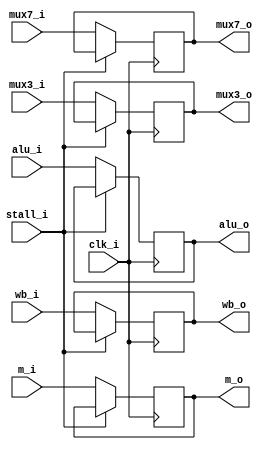
module EXMEM
(
  clk_i,
	wb_i,
	m_i,
	alu_i,
	mux7_i,
	mux3_i,
	stall_i,
	wb_o,
	m_o,
	alu_o,
	mux7_o,
	mux3_o

);

input  clk_i;
input [1:0]  wb_i;
input [1:0]  m_i;
input [31:0] alu_i;
input [31:0] mux7_i;
input [4:0]  mux3_i;
input stall_i;
output [1:0]  wb_o;
output [1:0]  m_o;
output [31:0] alu_o;
output [31:0] mux7_o;
output [4:0]  mux3_o;

reg [1:0]  wb_o;
reg [1:0]  m_o;
reg [31:0] alu_o;
reg [31:0] mux7_o;
reg [4:0]  mux3_o;

initial begin #15
  wb_o = 0;
	m_o  = 0;
	alu_o = 0;
	mux7_o = 0;
	mux3_o = 0;
end

always@(posedge clk_i) begin
	if(!stall_i)
	begin
		wb_o <= wb_i;
		m_o  <= m_i;
		alu_o <= alu_i;
		mux7_o <= mux7_i;
		mux3_o <= mux3_i;
	end
end

endmodule